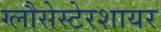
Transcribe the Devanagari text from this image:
ग्लौसेस्टेरशायर